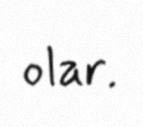
olar.